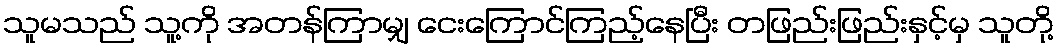
သူမသည် သူ့ကို အတန်ကြာမျှ ငေးကြောင်ကြည့်နေပြီး တဖြည်းဖြည်းနှင့်မှ သူတို့